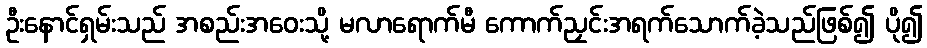
ဦးနောင်ရှမ်းသည် အစည်းအဝေးသို့ မလာရောက်မီ ကောက်ညှင်းအရက်သောက်ခဲ့သည်ဖြစ်၍ ပို၍